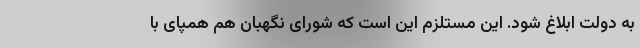
به دولت ابلاغ شود. این مستلزم این است که شورای نگهبان هم همپای با